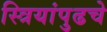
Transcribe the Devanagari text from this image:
स्त्रियांपुढचे